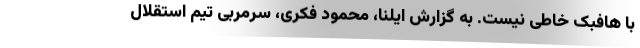
با هافبک خاطی نیست. به گزارش ایلنا، محمود فکری، سرمربی تیم استقلال